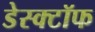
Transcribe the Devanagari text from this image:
डेस्क्टॉफ